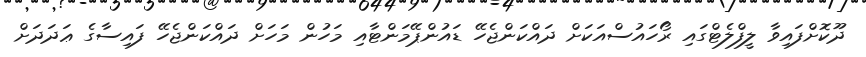
ދޫކޮށްފައިވާ ލީފްލެޓްގައި ރޯހައުސްއަކަށް ދައްކަންޖެހޭ ޑައުންޕޭމަންޓާއި މަހުން މަހަށް ދައްކަންޖެހޭ ފައިސާގެ ޢަދަދަށް